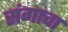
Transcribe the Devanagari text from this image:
संगाचा